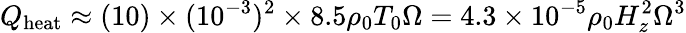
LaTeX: Q_{\mathrm{heat}}\approx(10)\times(10^{-3})^{2}\times 8.5\rho_{0}T_{0}\Omega=4.3\times 10^{-5}\rho_{0}H_{z}^{2}\Omega^{3}